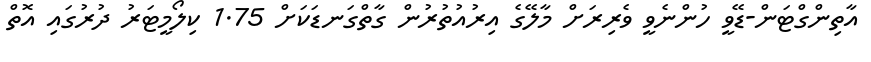
އާތިންގްޓަން-ޑޭވީ ހުންނެވީ ވެރިރަށް މާލޭގެ އިރުއުތުރުން ގާތްގަނޑަކަށް 1.75 ކިލޯމީޓަރު ދުރުގައި އޮތް